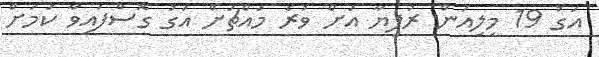
އަގު 19 މިލިއަން ރުފިޔާ އަށް ވުރެ މައްޗަށް އަގު ގޮސްފައިވާ ކަމަށް